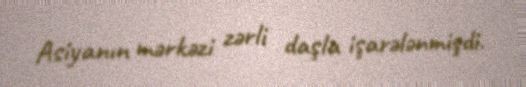
Asiyanın mərkəzi zərli daşla işarələnmişdi.